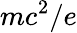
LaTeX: mc^{2}/e